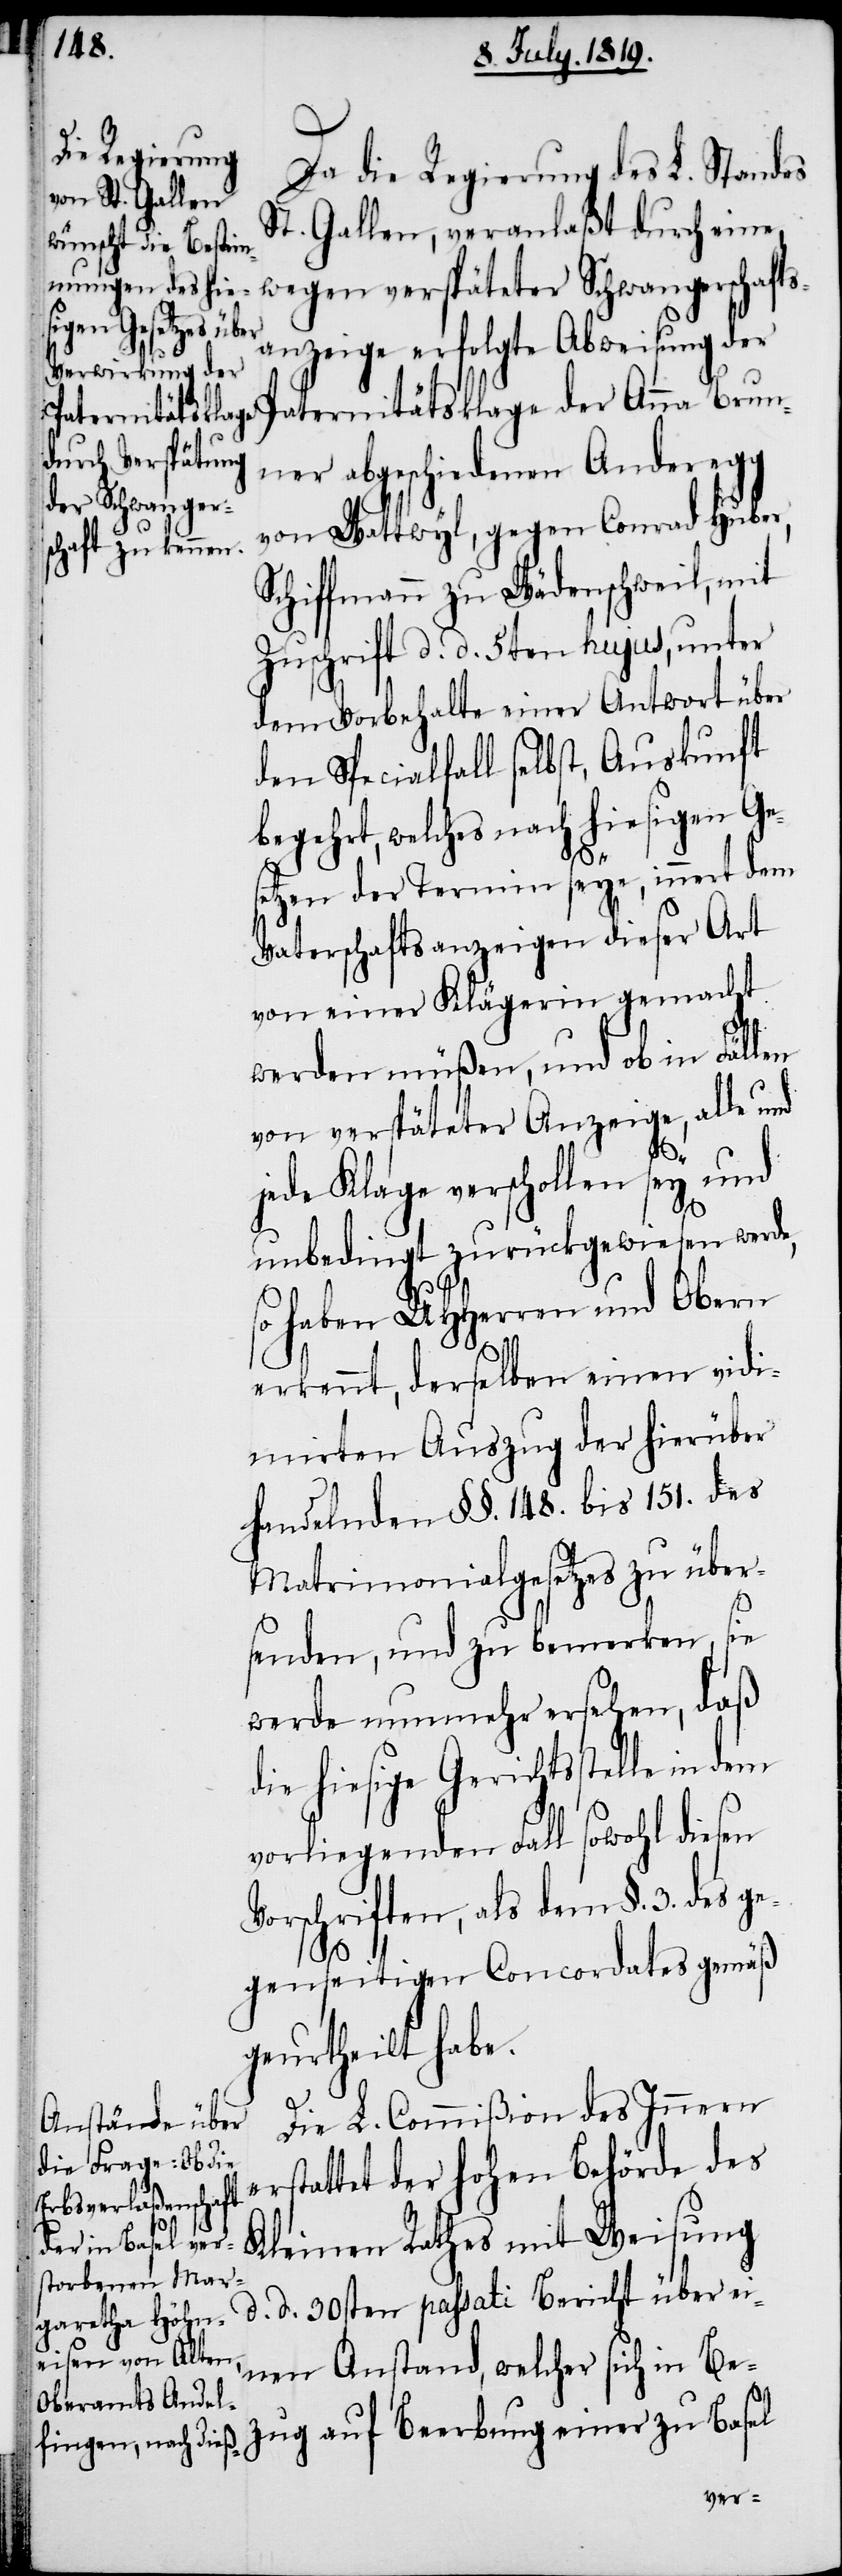
Da die Regierung des L. Standes
St. Gallen, veranlaßt durch eine
wegen verspäteter Schwangerschafts¬
anzeige erfolgte Abweisung der
Paternitätsklage der Anna Brun¬
ner abgeschiedenen Anderegg
von Wattwyl, gegen Conrad Huber,
Schiffmann zu Wädenschweil, mit
Zuschrift d. d. 5ten hujus, unter
dem Vorbehalte einer Antwort über
den Specialfall selbst, Auskunft
begehrt, welches nach hiesigen Ge¬
setzen der Termin seye, innert den
Vaterschaftsanzeigen dieser Art
von einer Klägerin gemacht
werden müßen, und ob in Fällen
von verspäteter Anzeige, alle und
zug
jede Klage verschollen sey und
unbedingt zurückgewiesen werde,
so haben UHHerren und Obern
erkennt, derselben einen vidi¬
mirten Auszug der hierüber
handelnden §§. 148. bis 151. des
Matrimonialgesetzes zu über¬
senden, und zu bemerken, sie
werde nunmehr ersehen, daß
die hiesige Gerichtsstelle in
vorliegenden Fall sowohl diesen
Vorschriften, als dem §. 3. des ge¬
genseitigen Concordates gemäß
geurtheilt habe.
Die L. Commißion des Innern
erstattet der hohen Behörde des
Kleinen Rathes mit Weisung
d. d. 30sten passati Bericht über ei¬
nen Anstand, welcher sich in Be¬